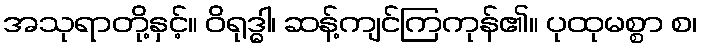
အသုရာတို့နှင့်။ ဝိရုဒ္ဓါ၊ ဆန့်ကျင်ကြကုန်၏။ ပုထုမစ္စာ စ၊